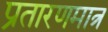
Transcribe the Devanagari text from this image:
प्रतारणमात्र